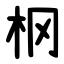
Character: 㭎